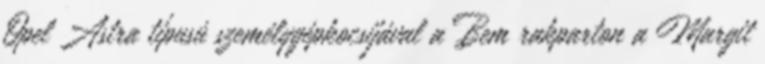
Opel Astra típusú személygépkocsijával a Bem rakparton a Margit